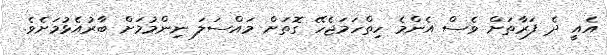
އެއީ ދެ ފަރާތަށް ވެސް އެންމެ ހިތްހަމަޖެހޭ ގޮތަށް މައްސަލަ ނިންމުމަށް ބާރުއެޅުމަށެވެ.